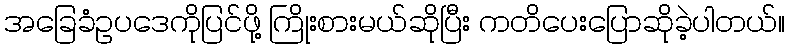
အခြေခံဥပဒေကိုပြင်ဖို့ ကြိုးစားမယ်ဆိုပြီး ကတိပေးပြောဆိုခဲ့ပါတယ်။